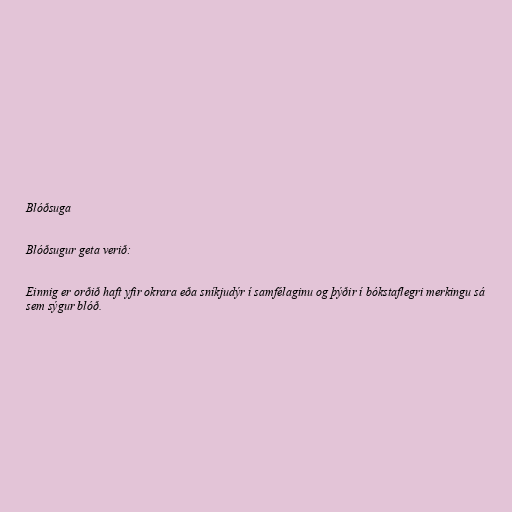
Blóðsuga

Blóðsugur geta verið:

Einnig er orðið haft yfir okrara eða sníkjudýr í samfélaginu og þýðir í bókstaflegri merkingu sá
sem sýgur blóð.